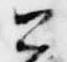
公